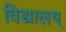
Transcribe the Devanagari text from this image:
विद्यालय्